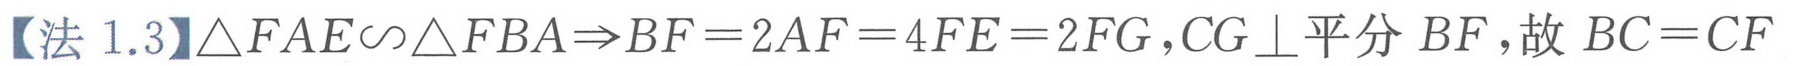
【法 1.3】\(\triangle FAE\sim\triangle FBA\Rightarrow BF = 2AF = 4FE = 2FG\),\(CG\perp\)平分 \(BF\),故 \(BC = CF\)